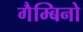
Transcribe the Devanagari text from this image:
गैम्बिनो